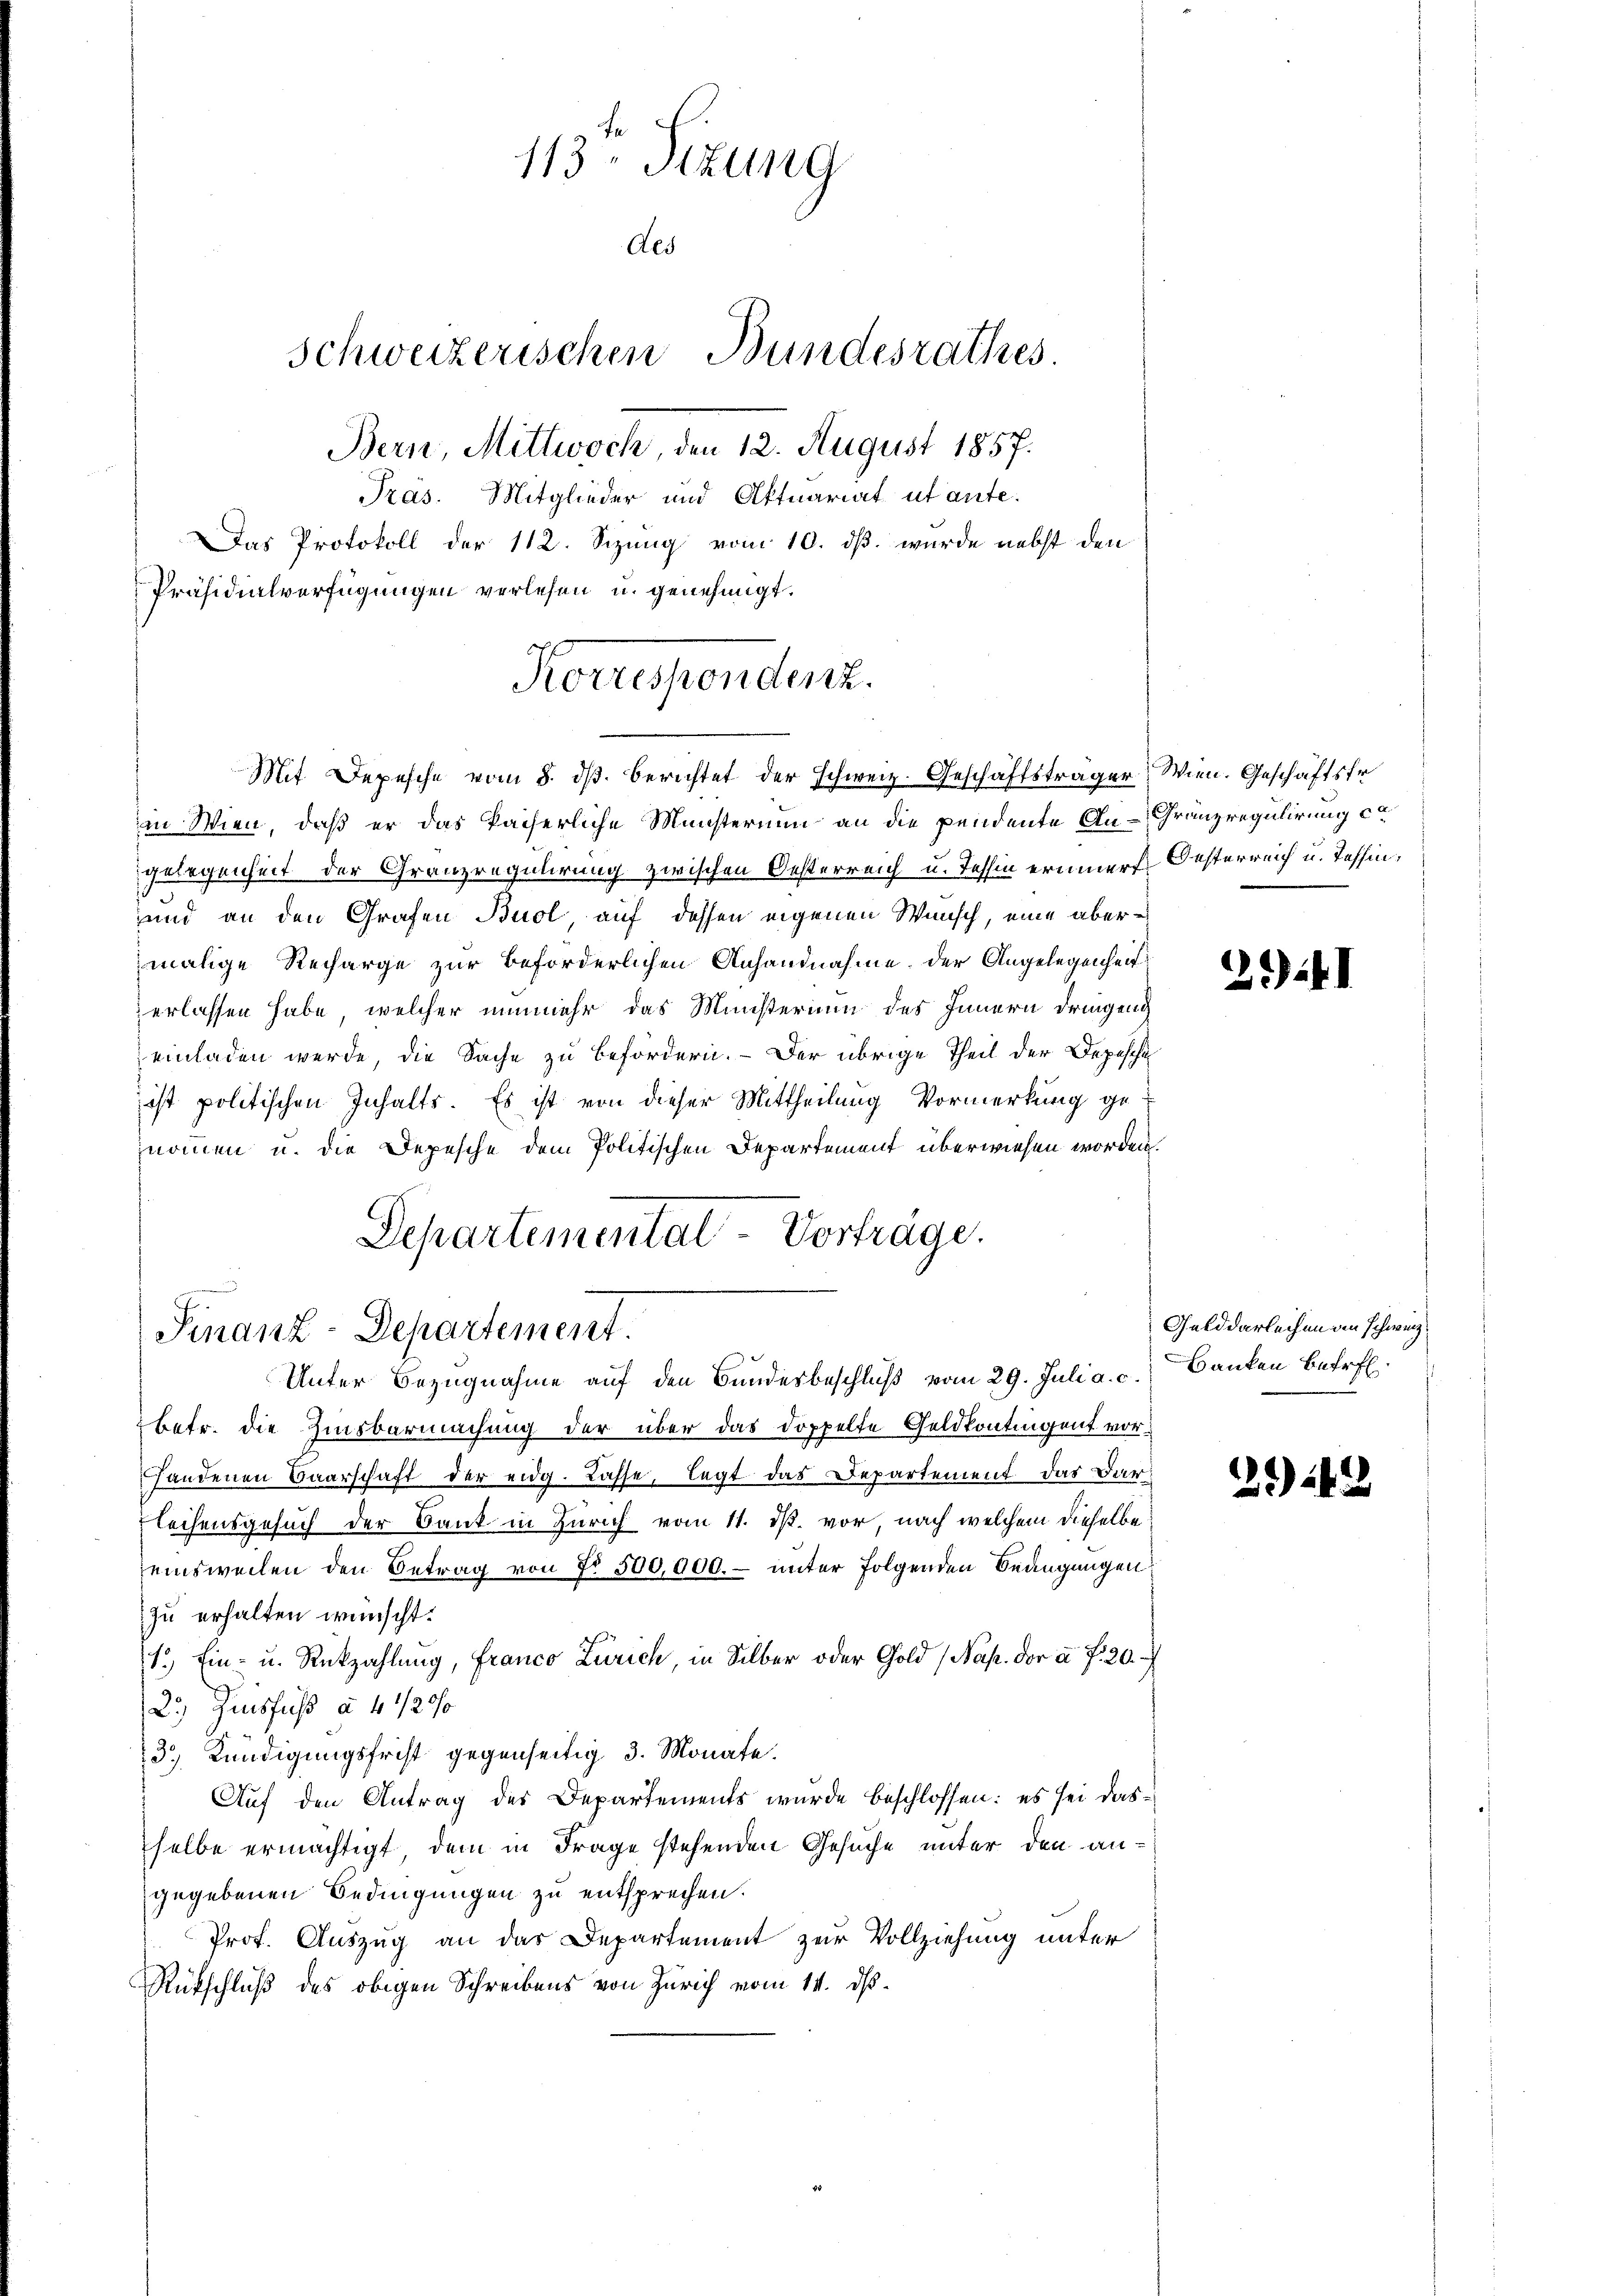
113. Sizung
Aes
schweizerischen Bundesrathes.
Bern, Mittwoch, den 12. August 1857.
Pras. Mitglieder und Aktuariat utante-
Das Protokoll der 112. Sizung vom 10. ds. wurde nebst den
Präsidialverfügungen verlesen u. genehmigt.

an Wien, daß er das Pacherliche Münsterium an die pendente An-Granzregulirung ca
gelegenheit der Granzregulirung zwischen Oesterreich u. Tessin erinnert Oesterreich u. Tessin,
und an den Grafen Buol, auf dessen eigenen Wunsch, eine abermalige Recharge zur Beförderlichen Anhandnahme. Der Angelegenheit
erlassen habe, welcher nunmehr das Ministerium des Innern dringend
einladen werde, die Sache zu befördern. – Der übrige Theil der Depesche
ist politischen Inhalts. Es ist von dieser Mittheilung Vormerkung ge-
nommen u. die Depesche dem Politischen Departement überwiesen worden.
Departemental-Vorträge.

Finanz-Departement.
Unter Bezugnahme auf den Bundesbeschluß vom 29. Juli a. c. Banken betref¬

Korrespendung.
Mit Depesche vom 8. dβ berichtet der Schweiz. Geschäftsträger Wien. Geschäftsfr

betr. die Zinsbarmachung der über das Doppelte Geldkontingent vorhandenen Baarschaft der eidg. Casse, legt das Departement, das Dar¬
Leihensgesuch der Bank in Zürich vom 11. ds. vor, nach welchem dieselbe
einsweilen den Betrag von Nr. 500,000. unter folgenden Beangungen
zu erhalten wünscht.
1.) Ein- u. Rückzahlung, franco Zürich, in Silber oder Gold (Nap. der a. f. 20.
2.) Zinsfuß à 4 1/20/0
3) Kündigungsfrist gegenseitig 3. Monate.
Auf den Antrag des Departements wurde beschlossen: es sei dasselbe ermächtigt, dem in Frage stehenden Gesuche unter den angegebenen Bedingungen zu entsprechen.
Prof. Auszug an das Departement zur Vollziehung unter
Rückschluß des obigen Schreibens von Zürich vom 14. ds.

2141

Gelddarleichen den schweiz,

2124